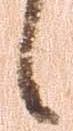
候